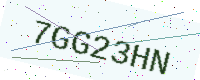
Text: 7GG23HN